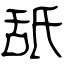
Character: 舐